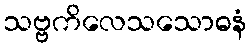
သဗ္ဗကိလေသသောဓနံ